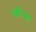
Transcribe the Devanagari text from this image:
जीन्ना